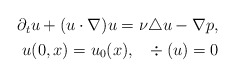
\begin{align*}\aligned \partial_t u + (u\cdot \nabla)u=\nu\triangle u-\nabla p,\\ u(0,x)=u_0(x), ~~\div (u)=0\endaligned\end{align*}